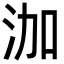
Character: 泇